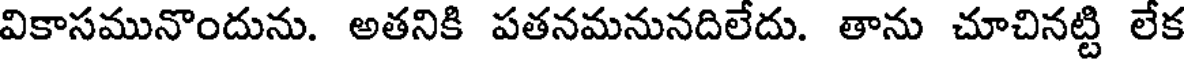
వికాసమునొందును. అతనికి పతనమనునదిలేదు. తాను చూచినట్టి లేక